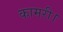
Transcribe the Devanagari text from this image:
कामरी।